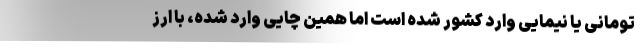
تومانی یا نیمایی وارد کشور شده است اما همین چایی وارد شده، با ارز